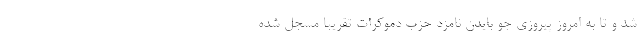
شد و تا به امروز پیروزی جو بایدن نامزد حزب دموکرات‌ تقریبا مسجل شده